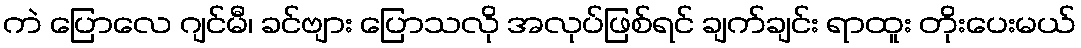
ကဲ ပြောလေ ဂျင်မီ၊ ခင်ဗျား ပြောသလို အလုပ်ဖြစ်ရင် ချက်ချင်း ရာထူး တိုးပေးမယ်